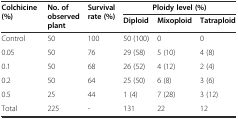
<table><thead><tr><td rowspan="2"><b>Colchicine (%)</b></td><td rowspan="2"><b>No. of observed plant</b></td><td rowspan="2"><b>Survival rate (%)</b></td><td colspan="3"><b>Ploidy level (%)</b></td></tr><tr><td><b>Diploid</b></td><td><b>Mixoploid</b></td><td><b>Tatraploid</b></td></tr></thead><tbody><tr><td>Control</td><td>50</td><td>100</td><td>50 (100)</td><td>0</td><td>0</td></tr><tr><td>0.05</td><td>50</td><td>76</td><td>29 (58)</td><td>5 (10)</td><td>4 (8)</td></tr><tr><td>0.1</td><td>50</td><td>68</td><td>26 (52)</td><td>4 (12)</td><td>2 (4)</td></tr><tr><td>0.2</td><td>50</td><td>64</td><td>25 (50)</td><td>6 (8)</td><td>3 (6)</td></tr><tr><td>0.5</td><td>25</td><td>44</td><td>1 (4)</td><td>7 (28)</td><td>3 (12)</td></tr><tr><td>Total</td><td>225</td><td>-</td><td>131</td><td>22</td><td>12</td></tr></tbody></table>